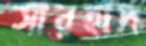
সারহাদ